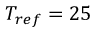
T _ { r e f } = 2 5